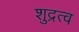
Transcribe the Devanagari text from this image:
शुद्रत्व